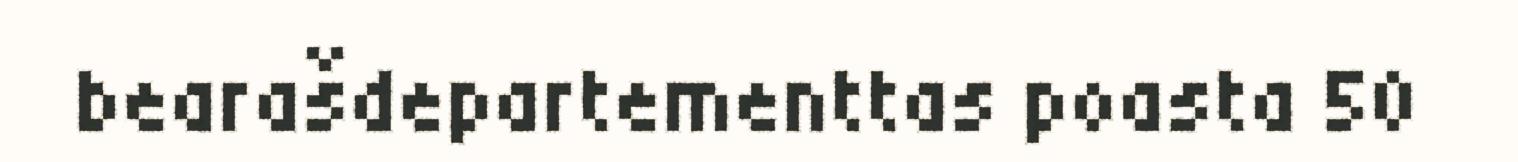
bearašdepartementtas poasta 50